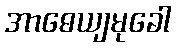
အာဓေယျမုခေါ